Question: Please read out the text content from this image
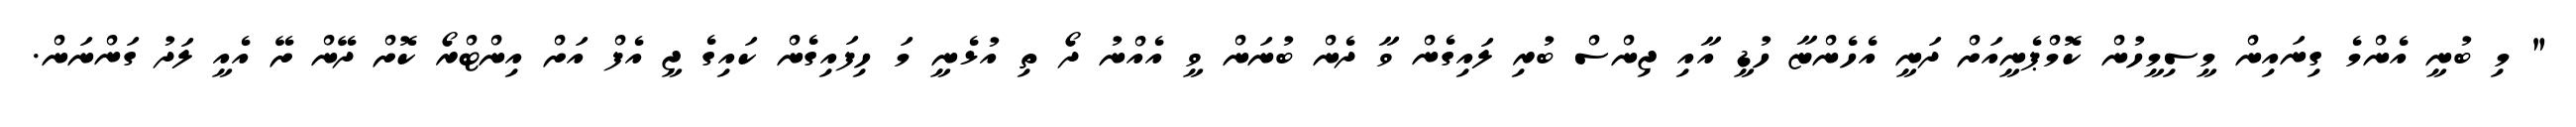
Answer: " މި ބުނީ އެންމެ ގިނައިން މީސިމީހުން ކޮމްޕެނީއަށް ދަނީ އެހެންޏާ ހުޑީ އާއި ޖިންސް ބުރި ލައިގެން ވާ ދެން ބުނަން ވީ އެއްނު ދޯ ތި އުޅެނީ މަ ހިފައިގެން ކައިގެ ޖީ އެފް އަށް އިންޓްރޯ ކޮށް ދޭން ށޭ އެއީ ލަދު ގަންނަން.